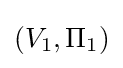
(V_{1},\Pi _{1})